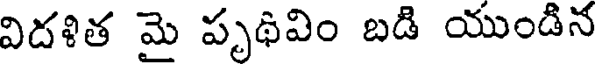
విదళిత మై పృథివిం బడి యుండిన